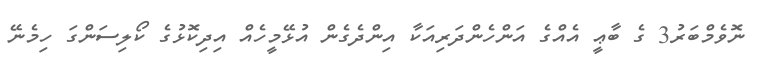
ނޮވެމްބަރު3 ގެ ބާޢީ އެއްގެ އަންހެންދަރިއަކާ އިންދެގެން އުޅޭމީހެއް އިދިކޮޅުގެ ކޯލިސަންގަ ހިމެނޭ